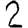
Digit: 2